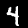
Label: 4